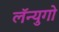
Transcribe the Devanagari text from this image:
लॅन्युगो